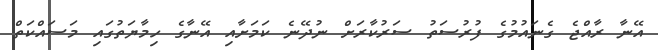
އޭނާ ރާއްޖެ ގެނައުމުގެ ފުރުސަތު ސަރުކާރަށް ނުދޭނެ ކަމަށާއި އޭނާގެ ހިމާޔަތުގައި މަސައްކަތް